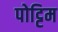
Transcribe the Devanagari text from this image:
पोट्टिम